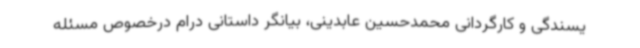
یسندگی و کارگردانی محمدحسین عابدینی، بیانگر داستانی درام درخصوص مسئله